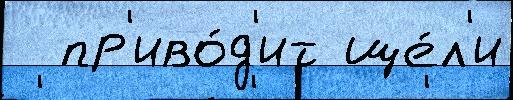
  пр'иво́д'ит ще́л'и